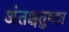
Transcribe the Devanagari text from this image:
अंतश्चतुष्ट्य